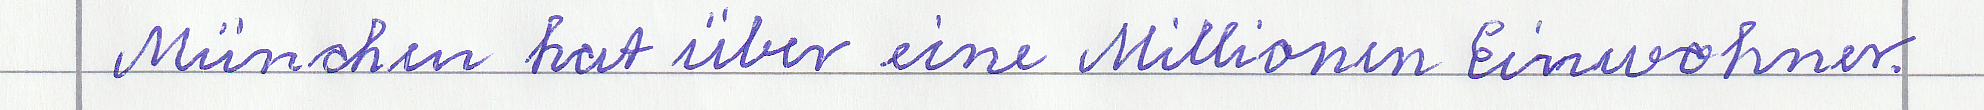
München hat über eine Millionen Einwohner.